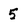
Character: 5